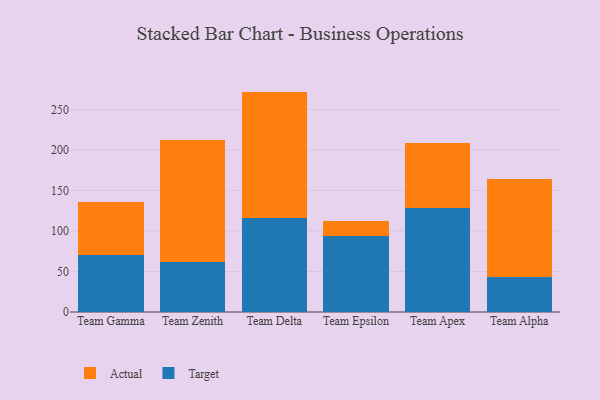
{"axis": {"x": "Team", "y": "Latency (ms)"}, "legend": ["Actual", "Target"], "data": [{"x": "Team Gamma", "y": 70.3, "type": "Target"}, {"x": "Team Gamma", "y": 65.0, "type": "Actual"}, {"x": "Team Zenith", "y": 62.3, "type": "Target"}, {"x": "Team Zenith", "y": 149.6, "type": "Actual"}, {"x": "Team Delta", "y": 116.7, "type": "Target"}, {"x": "Team Delta", "y": 155.6, "type": "Actual"}, {"x": "Team Epsilon", "y": 93.8, "type": "Target"}, {"x": "Team Epsilon", "y": 18.4, "type": "Actual"}, {"x": "Team Apex", "y": 128.5, "type": "Target"}, {"x": "Team Apex", "y": 80.6, "type": "Actual"}, {"x": "Team Alpha", "y": 43.7, "type": "Target"}, {"x": "Team Alpha", "y": 121.0, "type": "Actual"}]}